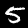
Digit: 5